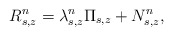
\begin{align*} R^{n}_{s,z}=\lambda^{n}_{s,z} \Pi_{s,z} + N^{n}_{s,z},\end{align*}